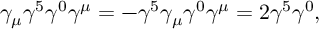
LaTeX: \gamma _ { \mu } \gamma ^ { 5 } \gamma ^ { 0 } \gamma ^ { \mu } = - \gamma ^ { 5 } \gamma _ { \mu } \gamma ^ { 0 } \gamma ^ { \mu } = 2 \gamma ^ { 5 } \gamma ^ { 0 } ,